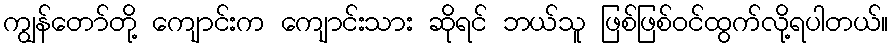
ကျွန်တော်တို့ ကျောင်းက ကျောင်းသား ဆိုရင် ဘယ်သူ ဖြစ်ဖြစ်ဝင်ထွက်လို့ရပါတယ်။